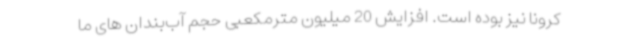
کرونا نیز بوده است. افزایش 20 میلیون مترمکعبی حجم آب‌بندان های ما